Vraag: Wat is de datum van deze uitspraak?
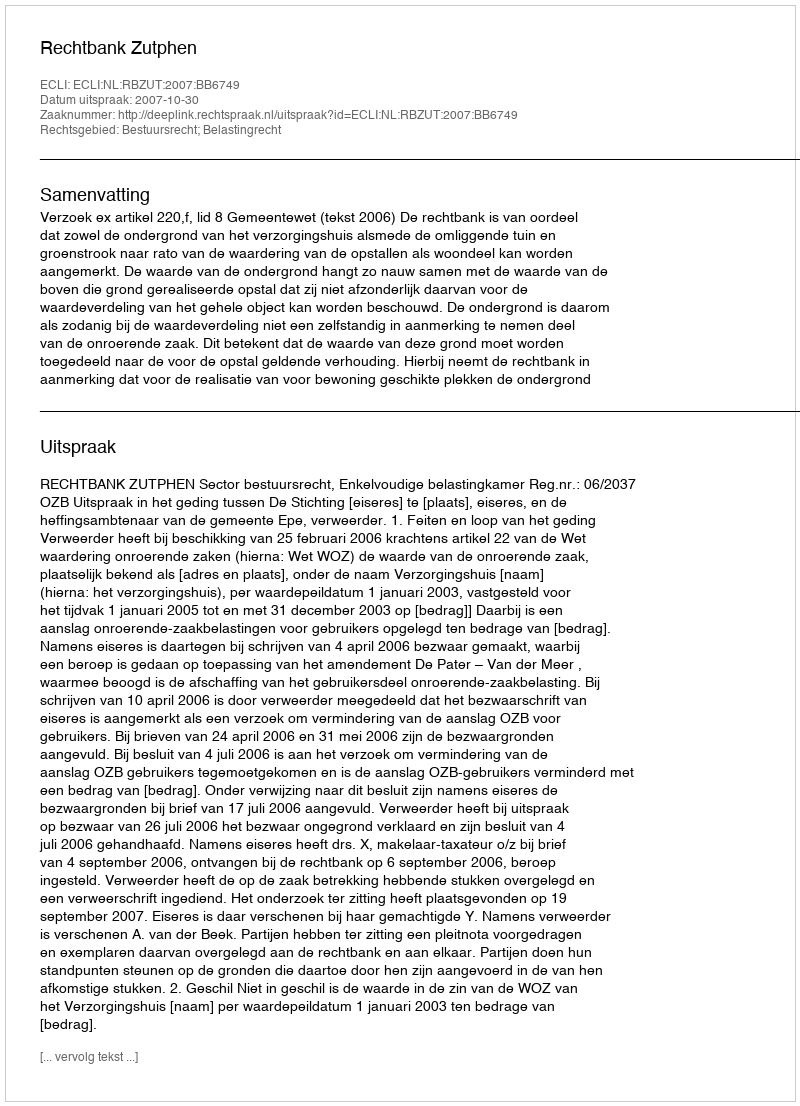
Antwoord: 2007-10-30